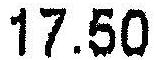
17.50